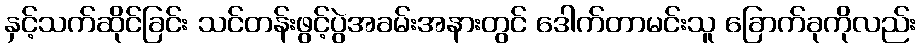
နှင့်သက်ဆိုင်ခြင်း သင်တန်းဖွင့်ပွဲအခမ်းအနားတွင် ဒေါက်တာမင်းသူ ခြောက်ခုကိုလည်း